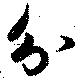
分